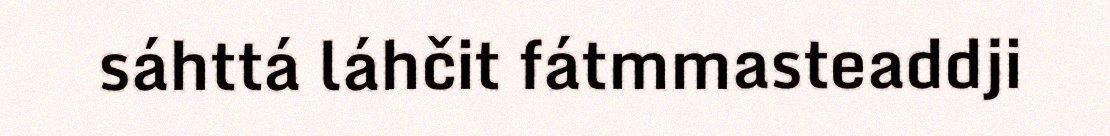
sáhttá láhčit fátmmasteaddji